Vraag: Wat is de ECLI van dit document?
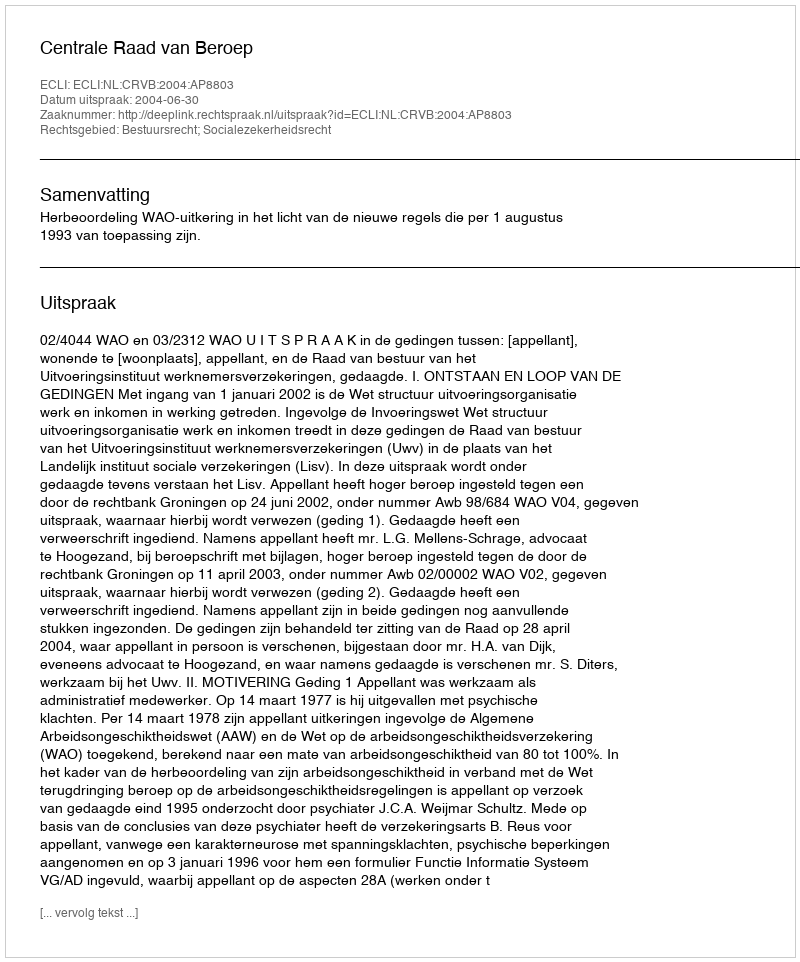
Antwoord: ECLI:NL:CRVB:2004:AP8803